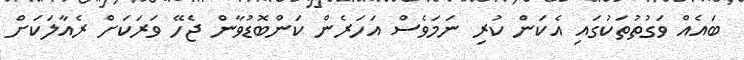
ބައެއް ވަގުތުތަކުގައި އެކަން ކުރި ނަމަވެސް އަހަރެން ކަންބޮޑުވާން ޖެހޭ ވަރަކަށް ރެއާލަކަށް